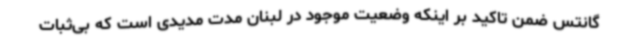
گانتس ضمن تاکید بر اینکه وضعیت موجود در لبنان مدت مدیدی است که بی‌ثبات